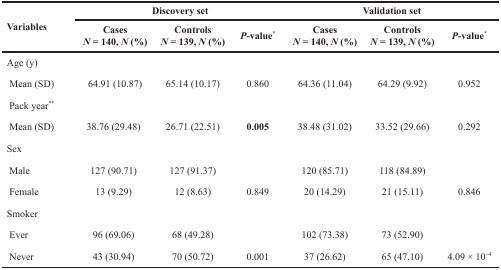
<table><thead><tr><td rowspan="2" colspan="2"><b>Variables</b></td><td colspan="3"><b>Discovery set</b></td><td colspan="3"><b>Validation set</b></td></tr><tr><td><b>Cases<i>N</i> = 140, <i>N</i> (%)</b></td><td><b>Controls<i>N</i> = 139, <i>N</i> (%)</b></td><td><b><i>P</i>-value<sup>*</sup></b></td><td><b>Cases<i>N</i> = 140, <i>N</i> (%)</b></td><td><b>Controls<i>N</i> = 139, <i>N</i> (%)</b></td><td><b><i>P-</i>value<sup>*</sup></b></td></tr></thead><tbody><tr><td colspan="2">Age (y)</td><td></td><td></td><td></td><td></td><td></td><td></td></tr><tr><td colspan="2">Mean (SD)</td><td>64.91 (10.87)</td><td>65.14 (10.17)</td><td>0.860</td><td>64.36 (11.04)</td><td>64.29 (9.92)</td><td>0.952</td></tr><tr><td>Pack year<sup>**</sup></td><td colspan="2"></td><td></td><td></td><td></td><td></td><td></td></tr><tr><td>Mean (SD)</td><td colspan="2">38.76 (29.48)</td><td>26.71 (22.51)</td><td><b>0.005</b></td><td>38.48 (31.02)</td><td>33.52 (29.66)</td><td>0.292</td></tr><tr><td>Sex</td><td colspan="2"></td><td></td><td></td><td></td><td></td><td></td></tr><tr><td>Male</td><td colspan="2">127 (90.71)</td><td>127 (91.37)</td><td></td><td>120 (85.71)</td><td>118 (84.89)</td><td></td></tr><tr><td>Female</td><td colspan="2">13 (9.29)</td><td>12 (8.63)</td><td>0.849</td><td>20 (14.29)</td><td>21 (15.11)</td><td>0.846</td></tr><tr><td>Smoker</td><td colspan="2"></td><td></td><td></td><td></td><td></td><td></td></tr><tr><td>Ever</td><td colspan="2">96 (69.06)</td><td>68 (49.28)</td><td></td><td>102 (73.38)</td><td>73 (52.90)</td><td></td></tr><tr><td>Never</td><td colspan="2">43 (30.94)</td><td>70 (50.72)</td><td>0.001</td><td>37 (26.62)</td><td>65 (47.10)</td><td>4.09 × 10<sup>–4</sup></td></tr></tbody></table>